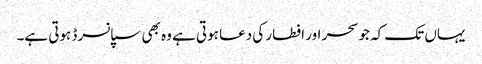
یہاں تک کہ جو سحر اور افطار کی دعا ہوتی ہے وہ بھی سپانسرڈ ہوتی ہے۔